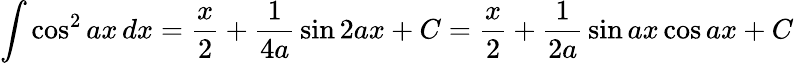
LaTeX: \int\cos^{2}{ax}\, dx={\frac{x}{2}}+{\frac{1}{4a}}\sin 2ax+C={\frac{x}{2}}+{\frac{1}{2a}}\sin ax\cos ax+C